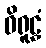
ဝိရူဠှံ